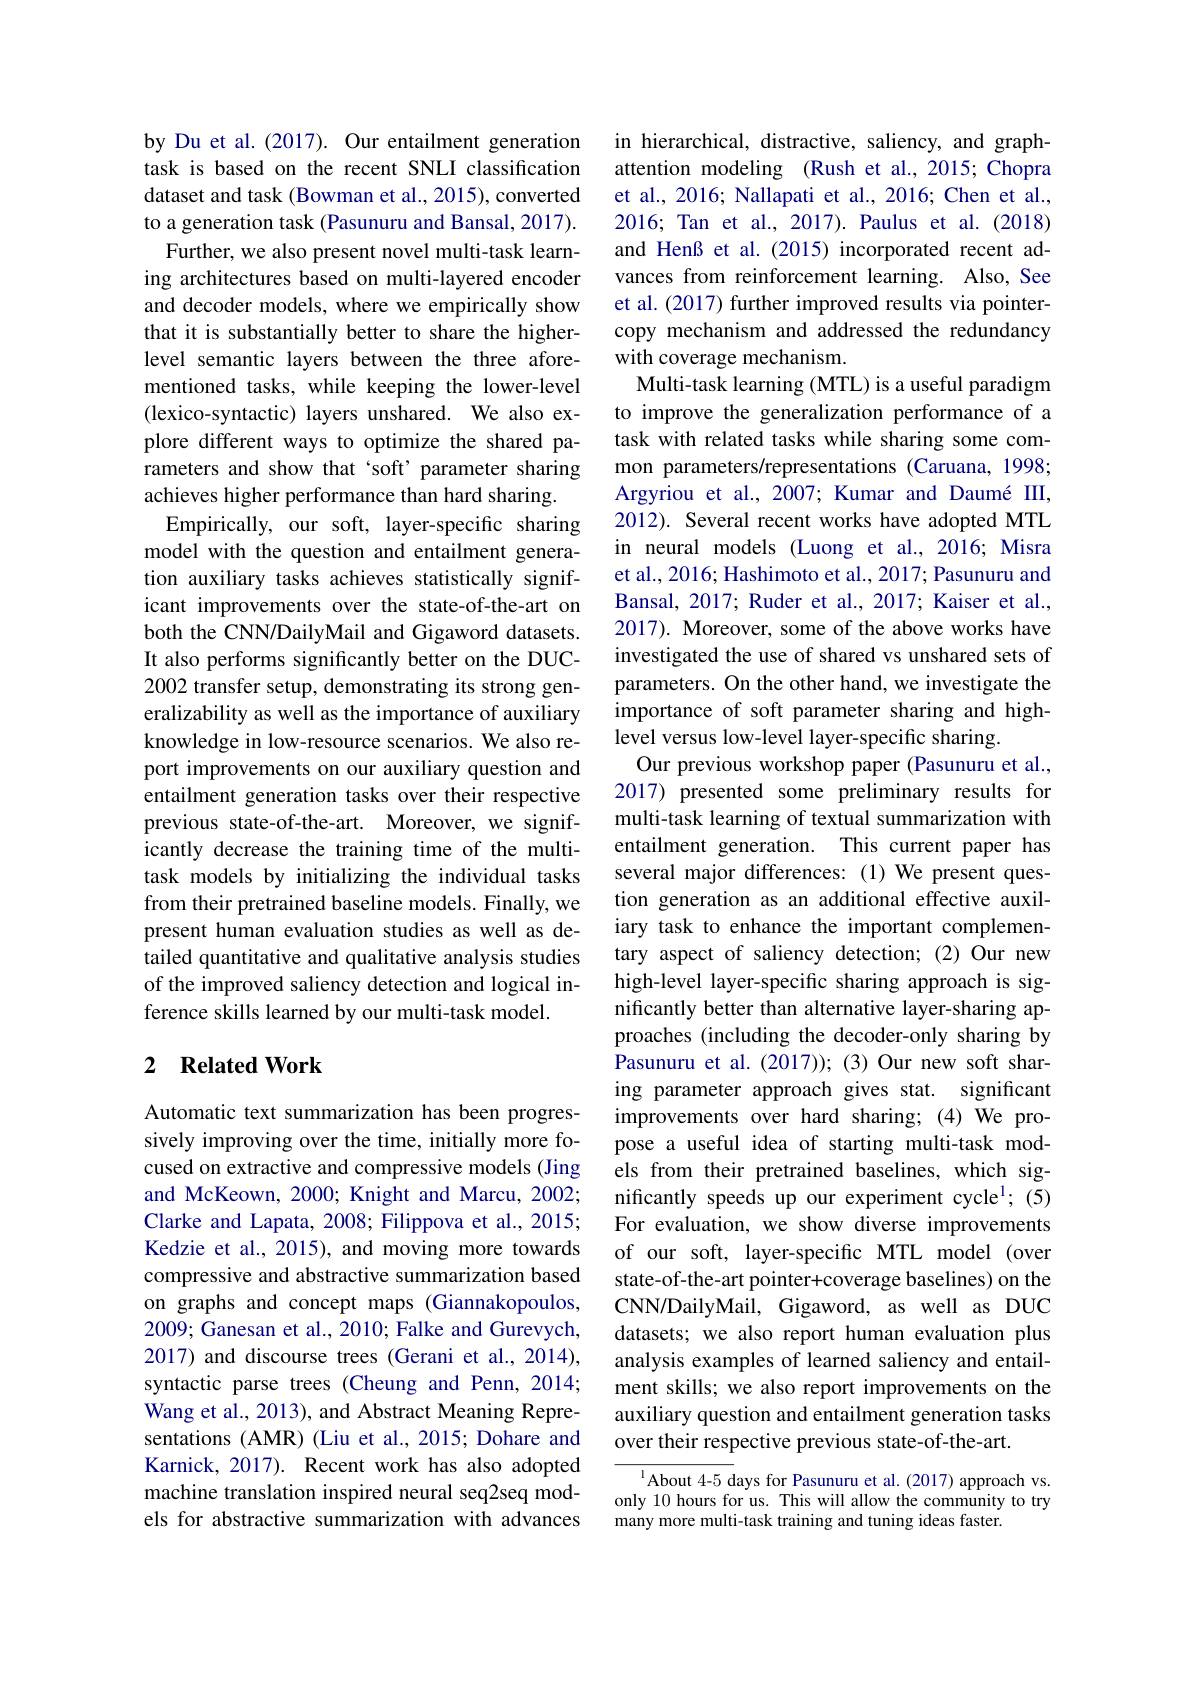
by Du et al. (2017). Our entailment generation task is based on the recent SNLI classification dataset and task (Bowman et al., 2015), converted to a generation task (Pasunuru and Bansal, 2017).
Further, we also present novel multi-task learning architectures based on multi-layered encoder and decoder models, where we empirically show that it is substantially better to share the higherlevel semantic layers between the three aforementioned tasks, while keeping the lower-level (lexico-syntactic) layers unshared. We also explore different ways to optimize the shared parameters and show that `soft'parameter sharing achieves higher performance than hard sharing.
Empirically, our soft, layer-specific sharing model with the question and entailment generation auxiliary tasks achieves statistically significant improvements over the state-of-the-art on both the CNN/DailyMail and Gigaword datasets. It also performs significantly better on the DUC- 2002 transfer setup, demonstrating its strong generalizability as well as the importance of auxiliary knowledge in low-resource scenarios. We also report improvements on our auxiliary question and entailment generation tasks over their respective previous state-of-the-art. Moreover, we significantly decrease the training time of the multitask models by initializing the individual tasks from their pretrained baseline models. Finally, we present human evaluation studies as well as detailed quantitative and qualitative analysis studies of the improved saliency detection and logical inference skills learned by our multi-task model.

### 2 $\textbf{Related Work}$

Automatic text summarization has been progressively improving over the time, initially more focused on extractive and compressive models (Jing and McKeown, 2000; Knight and Marcu, 2002; Clarke and Lapata, 2008; Filippova et al., 2015; Kedzie et al., 2015), and moving more towards compressive and abstractive summarization based on graphs and concept maps (Giannakopoulos, 2009; Ganesan et al., 2010; Falke and Gurevych, 2017) and discourse trees (Gerani et al., 2014), syntactic parse trees (Cheung and Penn,2014; Wang et al., 2013), and Abstract Meaning Representations (AMR) (Liu et al., 2015; Dohare and Karnick, 2017). Recent work has also adopted machine translation inspired neural seq2seq models for abstractive summarization with advances

in hierarchical, distractive, saliency, and graphattention modeling (Rush et al., 2015; Chopra et al., 2016; Nallapati et al., 2016; Chen et al., 2016; Tan et al., 2017). Paulus et al. (2018) and Henß et al.(2015) incorporated recent advances from reinforcement learning. Also, See et al. (2017) further improved results via pointercopy mechanism and addressed the redundancy with coverage mechanism.
Multi-task learning (MTL) is a useful paradigm to improve the generalization performance of a task with related tasks while sharing some common parameters/representations (Caruana, 1998; Argyriou et al., 2007; Kumar and Daumé III, 2012). Several recent works have adopted MTL in neural models (Luong et al., 2016; Misra et al., 2016; Hashimoto et al., 2017; Pasunuru and Bansal, 2017; Ruder et al., 2017; Kaiser et al., 2017). Moreover, some of the above works have investigated the use of shared vs unshared sets of parameters. On the other hand, we investigate the importance of soft parameter sharing and highlevel versus low-level layer-specific sharing.
Our previous workshop paper (Pasunuru et al., 2017) presented some preliminary results for multi-task learning of textual summarization with entailment generation. This current paper has several major differences:(1)We present question generation as an additional effective auxiliary task to enhance the important complementary aspect of saliency detection; (2) Our new high-level layer-specific sharing approach is significantly better than alternative layer-sharing approaches (including the decoder-only sharing by Pasunuru et al.(2017));(3) Our new soft sharing parameter approach gives stat. significant improvements over hard sharing; (4) We propose a useful idea of starting multi-task models from their pretrained baselines, which significantly speeds up our experiment cycle$^{1};(5)$ For evaluation, we show diverse improvements of our soft, layer-specific MTL model (over state-of-the-art pointer+coverage baselines) on the CNN/DailyMail, Gigaword, as well as DUC datasets; we also report human evaluation plus analysis examples of learned saliency and entailment skills; we also report improvements on the auxiliary question and entailment generation tasks over their respective previous state-of-the-art.
${\overline{{^{1}}}\text{About 4-5 days for Pasunuru et al.(2017) approach vs.}}$

only 10 hours for us. This will allow the community to try
many more multi-task training and tuning ideas faster.